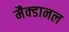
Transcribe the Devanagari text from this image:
मैक्डानल